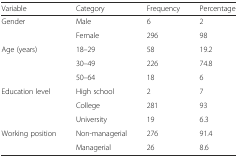
<table><thead><tr><td><b>Variable</b></td><td><b>Category</b></td><td><b>Frequency</b></td><td><b>Percentage</b></td></tr></thead><tbody><tr><td rowspan="2">Gender</td><td>Male</td><td>6</td><td>2</td></tr><tr><td>Female</td><td>296</td><td>98</td></tr><tr><td rowspan="3">Age (years)</td><td>18–29</td><td>58</td><td>19.2</td></tr><tr><td>30–49</td><td>226</td><td>74.8</td></tr><tr><td>50–64</td><td>18</td><td>6</td></tr><tr><td rowspan="3">Education level</td><td>High school</td><td>2</td><td>7</td></tr><tr><td>College</td><td>281</td><td>93</td></tr><tr><td>University</td><td>19</td><td>6.3</td></tr><tr><td rowspan="2">Working position</td><td>Non-managerial</td><td>276</td><td>91.4</td></tr><tr><td>Managerial</td><td>26</td><td>8.6</td></tr></tbody></table>